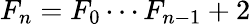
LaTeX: F_{n}=F_{0}\cdots F_{n-1}+2